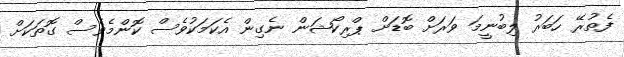
ފެތުރޭ ހަބަރު ލިބުނީމަ ވަރަށް ބޮޑަށް ޕްރިކޯޝަން ނެގިން އެކަމަކުވެސް ކޮންމެވެސް ގޮތަކަށް